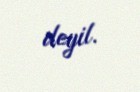
deyil.